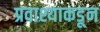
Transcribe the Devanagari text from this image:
प्रवाश्याकडून